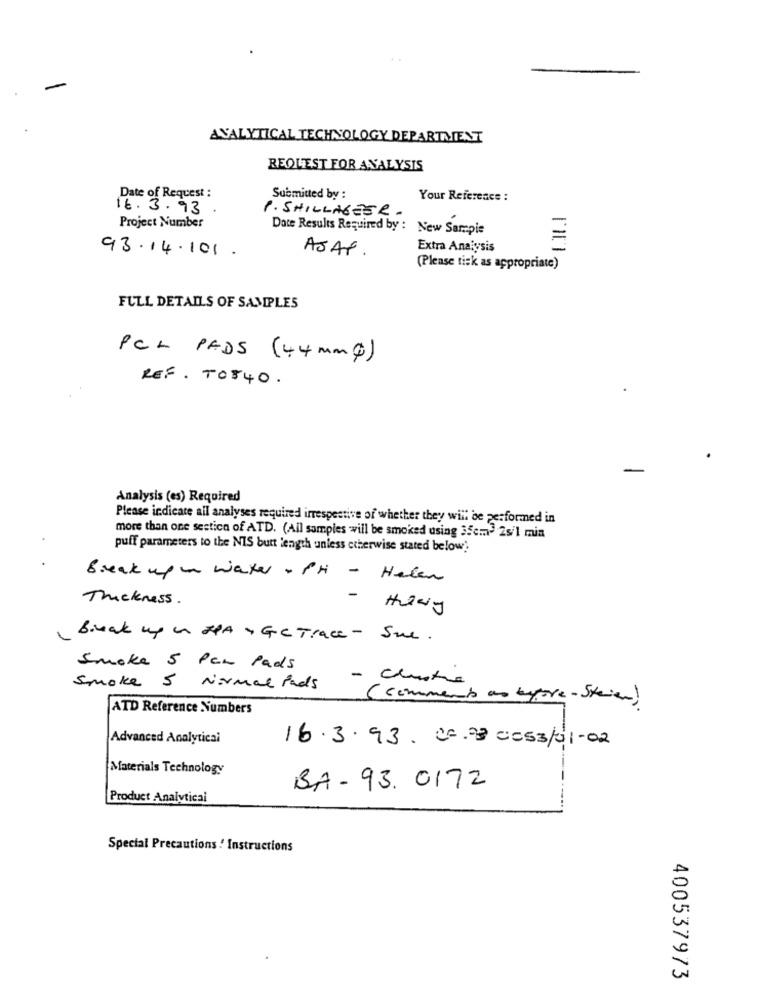
ANALYTICAL TECHNOLOGY DEPARTMENT
REQUEST FOR ANALYSIS
Date of Request :
Submitted by :
Your Reference :
16.3. 93
P. SHILLAGEER-
Project Number
Date Results Required by : New Samapie
=
Extra Analysis
93.14.101.
AJAX.
(Please tick as appropriate)
FULL DETAILS OF SAMPLES
PCL PADS (44 mm)
REF. TO840 .
Analysis (es) Required
Please indicate all analyses required irrespective of whether they will be performed in
more than one sestica of ATD. (Ail samples will be smoked using 35cm3 2s/1 min
puff parameters to the NIS butt length unless otherwise stated below?
Break up a water + PH - Halen
Thickness.
Birak up in HPA + GC Trace - Sul .
Smoke 5 Pen Pads
- centre
Smoke 5 Normal Pads
( comments on typore-Steier)
ATD Reference Numbers
Advanced Analytical
16. 3.93. 00.23 0053/01-02
Materials Technology
BA- 93. 0172
Product Analytical
Special Precautions ! Instructions
400537973